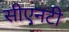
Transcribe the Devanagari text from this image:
सीएनटी